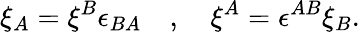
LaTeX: \xi_{A}=\xi^{B}\epsilon_{BA}\quad,\quad\xi^{A}=\epsilon^{AB}\xi_{B}.